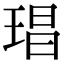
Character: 琩